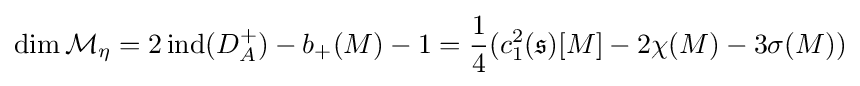
\dim {\mathcal {M}}_{\eta }=2\operatorname {ind} (D_{A}^{+})-b_{+}(M)-1={\frac {1}{4}}(c_{1}^{2}({\mathfrak {s}})[M]-2\chi (M)-3\sigma (M))